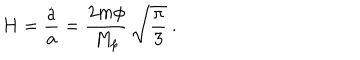
H = { \frac { \dot { a } } { a } } = { \frac { 2 m \phi } { M _ { p } } } \, \sqrt { \frac { \pi } { 3 } } \ .